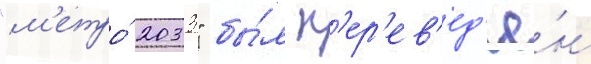
"м'етро́ 2033" бы́л п'ер'ев'ед'ё́н